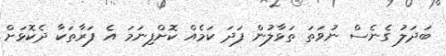
ބަދަލު ގެނެސް ނުވަތަ ތަޅާލުން ފަދަ ކަމެއް ކޮށްފިނަމަ އެ ފަރާތަކާ ދެކޮޅަށް